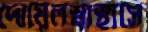
দোয়েলস্বাস্থ্যসে